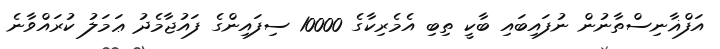
އަފްޣާނިސްތާނުން ނުފައިބައި ބާކީ ތިބި އެމެރިކާގެ 10000 ސިފައިންގެ ފައުޖާމެދު ޢަމަލު ކުރައްވާނެ